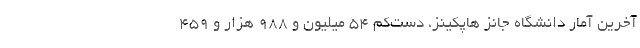
آخرین آمار دانشگاه جانز هاپکینز، دست‌کم ۵۴ میلیون و ۹۸۸ هزار و ۴۵۹